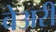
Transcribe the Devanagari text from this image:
वेअरी